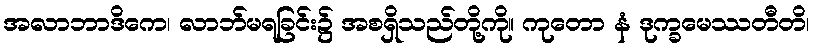
အလာဘာဒိကေ၊ လာဘ်မရခြင်း၌ အစရှိသည်တို့ကို။ ကုတော နံ ဒုက္ခမေဿတီတိ၊